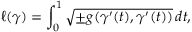
\ell ( \gamma ) = \int _ { 0 } ^ { 1 } { \sqrt { \pm g ( \gamma ^ { \prime } ( t ) , \gamma ^ { \prime } ( t ) ) } } \, d t ,